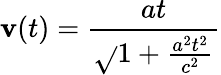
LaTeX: \mathbf{v}(t)={\frac{{at}}{{\sqrt{}{{1+{\frac{{a^{2}t^{2}}}{{c^{2}}}}}}}}}